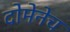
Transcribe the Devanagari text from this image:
दोमेनेच